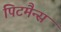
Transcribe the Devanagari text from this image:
पिटमैन्स